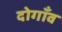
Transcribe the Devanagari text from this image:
दोगाँव